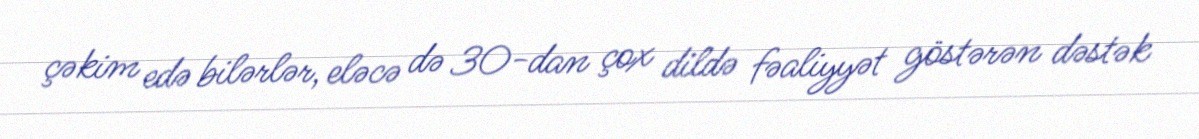
çəkim edə bilərlər, eləcə də 30-dan çox dildə fəaliyyət göstərən dəstək